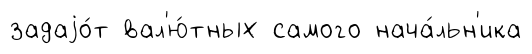
задаjо́т вал'ю́тных самого нача́льн'ика